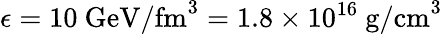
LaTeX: \epsilon=10~{\mathrm{GeV/fm}}^{3}=1.8\times 10^{16}~{\mathrm{g/cm}}^{3}